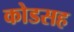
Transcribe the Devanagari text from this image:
कोडसह